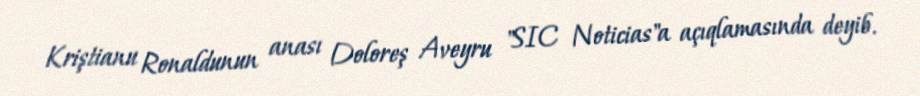
Kriştianu Ronaldunun anası Doloreş Aveyru "SIC Noticias"a açıqlamasında deyib.